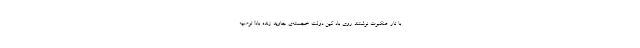
با تار عنکبوت نوشتند روی باد کین دولت خجسته‌ی جاوید زنده باد! توصیه